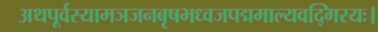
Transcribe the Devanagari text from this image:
अथपूर्वस्यामञजनबृषभध्वजपद्ममाल्यवद्गिरयः।